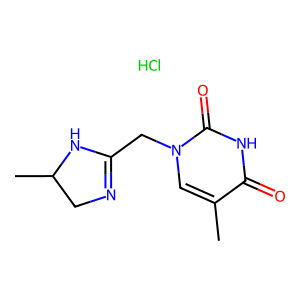
SMILES: Cc1cn(CC2=NCC(C)N2)c(=O)[nH]c1=O.Cl
Inhibits HIV replication: No